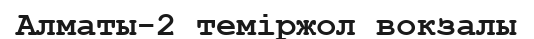
Алматы-2 теміржол вокзалы